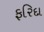
ફરિદા